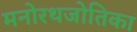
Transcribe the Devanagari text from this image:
मनोरथजोतिका